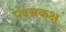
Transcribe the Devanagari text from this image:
पश्चकक्ष